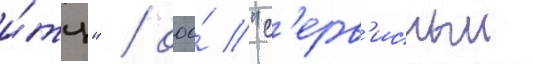
и́тц" / ооо́ "с'ерв'исныи